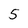
Character: 5